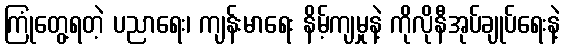
ကြုံတွေ့ရတဲ့ ပညာရေး၊ ကျန်းမာရေး နိမ့်ကျမှုနဲ့ ကိုလိုနီအုပ်ချုပ်ရေးနဲ့